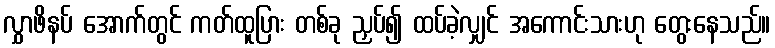
လွှာဖိနပ် အောက်တွင် ကတ်ထူပြား တစ်ခု ညှပ်၍ ထပ်ခဲ့လျှင် အကောင်းသားဟု တွေးနေသည်။